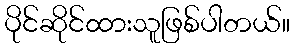
ပိုင်ဆိုင်ထားသူဖြစ်ပါတယ်။